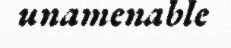
unamenable